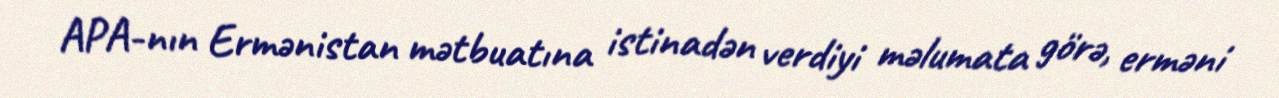
APA-nın Ermənistan mətbuatına istinadən verdiyi məlumata görə, erməni